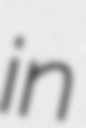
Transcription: in